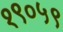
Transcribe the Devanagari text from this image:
१९०५९